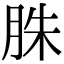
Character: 䏭